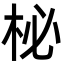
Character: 柲